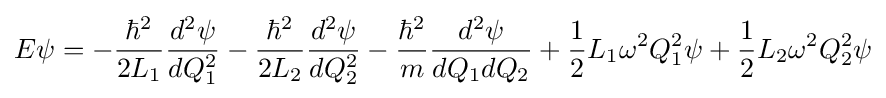
E\psi =-{\frac {\hbar ^{2}}{2L_{1}}}{\frac {d^{2}\psi }{dQ_{1}^{2}}}-{\frac {\hbar ^{2}}{2L_{2}}}{\frac {d^{2}\psi }{dQ_{2}^{2}}}-{\frac {\hbar ^{2}}{m}}{\frac {d^{2}\psi }{dQ_{1}dQ_{2}}}+{\frac {1}{2}}L_{1}\omega ^{2}Q_{1}^{2}\psi +{\frac {1}{2}}L_{2}\omega ^{2}Q_{2}^{2}\psi